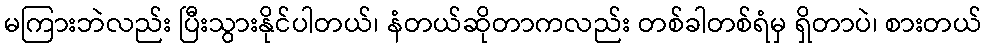
မကြားဘဲလည်း ပြီးသွားနိုင်ပါတယ်၊ နံတယ်ဆိုတာကလည်း တစ်ခါတစ်ရံမှ ရှိတာပဲ၊ စားတယ်